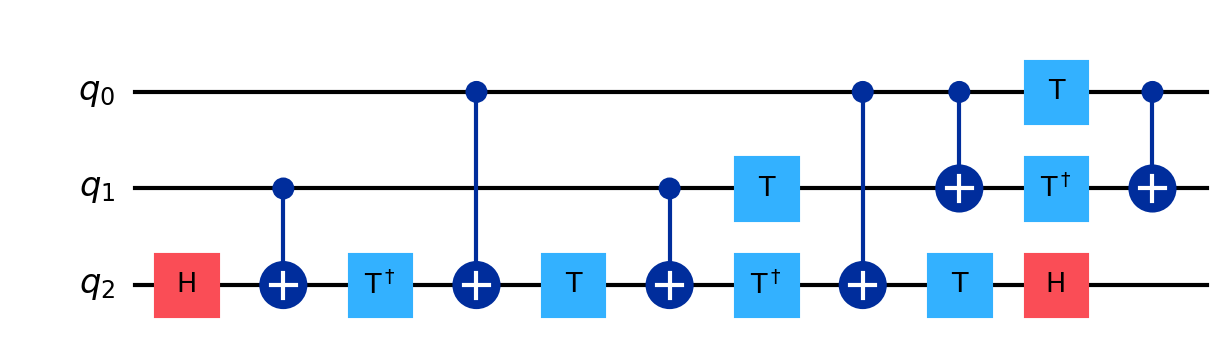
Description: Toffoli decomposed into 15 basic gates
描述: Toffoli分解为15个基本门
Category: visual_variants (difficulty: basic)
Qubits: 3, circuit depth: 11

Braket implementation:
from braket.circuits import Circuit
# Toffoli decomposition into 1/2-qubit gates
circuit = Circuit()
circuit.h(2)
circuit.cnot(1, 2).ti(2).cnot(0, 2)
circuit.t(2).cnot(1, 2).ti(2).cnot(0, 2)
circuit.t(1).t(2).h(2)
circuit.cnot(0, 1).t(0).ti(1).cnot(0, 1)

Qiskit implementation:
from qiskit import QuantumCircuit
# Toffoli decomposition into 1/2-qubit gates
circuit = QuantumCircuit(3)
circuit.h(2)
circuit.cx(1, 2).tdg(2).cx(0, 2)
circuit.t(2).cx(1, 2).tdg(2).cx(0, 2)
circuit.t(1).t(2).h(2)
circuit.cx(0, 1).t(0).tdg(1).cx(0, 1)